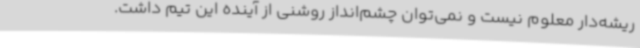
ریشه‌دار معلوم نیست و نمی‌توان چشم‌انداز روشنی از آینده این تیم داشت.